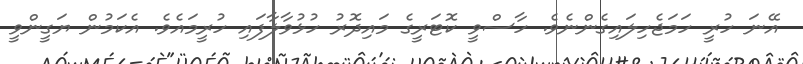
އޭނަ ހުރީ ހަމަޖެހިލައިގެންނެވެ. ހާސްވީ ކޮޓަރީގެ މައިދޮރު ހުޅުވާލާފައި ހުރީމައެވެ. އެކަމުން ޔަގީންވީ